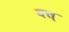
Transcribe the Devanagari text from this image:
दत्त्